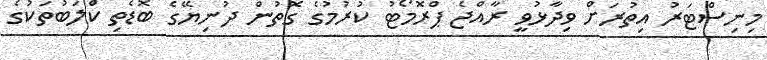
މިނިސްޓަރު އިތުރަށް ވިދާޅުވީ ރާއްޖެ ޕްރޮމޯޓު ކުރުމުގެ ގޮތުން ދުނިޔޭގެ ބޮޑެތި ކްލަބުތަކުގެ